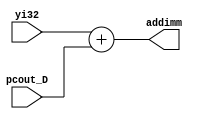
`timescale 1ns / 1ps
//////////////////////////////////////////////////////////////////////////////////
// Company: 
// Engineer: 
// 
// Design Name: 
// Module Name:    add4_2 
// Project Name: 
// Target Devices: 
// Tool versions: 
// Description: 
//
// Dependencies: 
//
// Revision: 
// Revision 0.01 - File Created
// Additional Comments: 
//
//////////////////////////////////////////////////////////////////////////////////
module add4_2(
    input [31:0] yi32,
	 input [31:0] pcout_D,
    output [31:0] addimm
    );
	 
	 assign addimm = yi32 + pcout_D;


endmodule